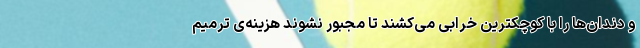
و دندان‌ها را با کوچکترین خرابی می‌کشند تا مجبور نشوند هزینه‌ی ترمیم